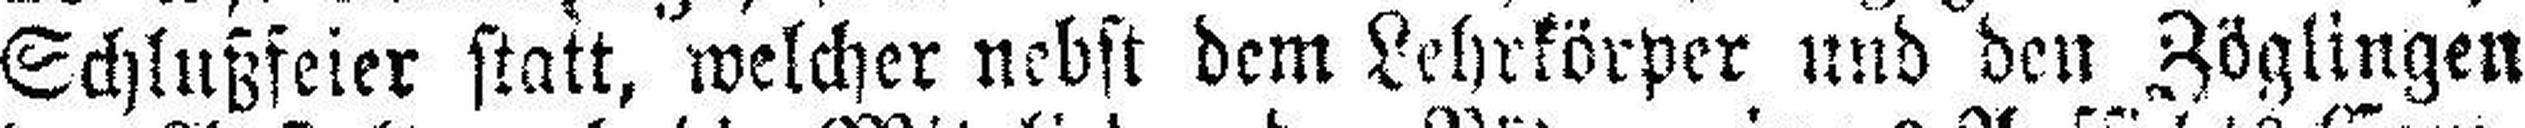
Schlußfeier statt, welcher nebst dem Lehrkörper und den Zöglingen